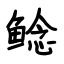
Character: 鲶